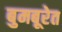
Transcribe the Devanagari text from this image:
बुमबूरेत